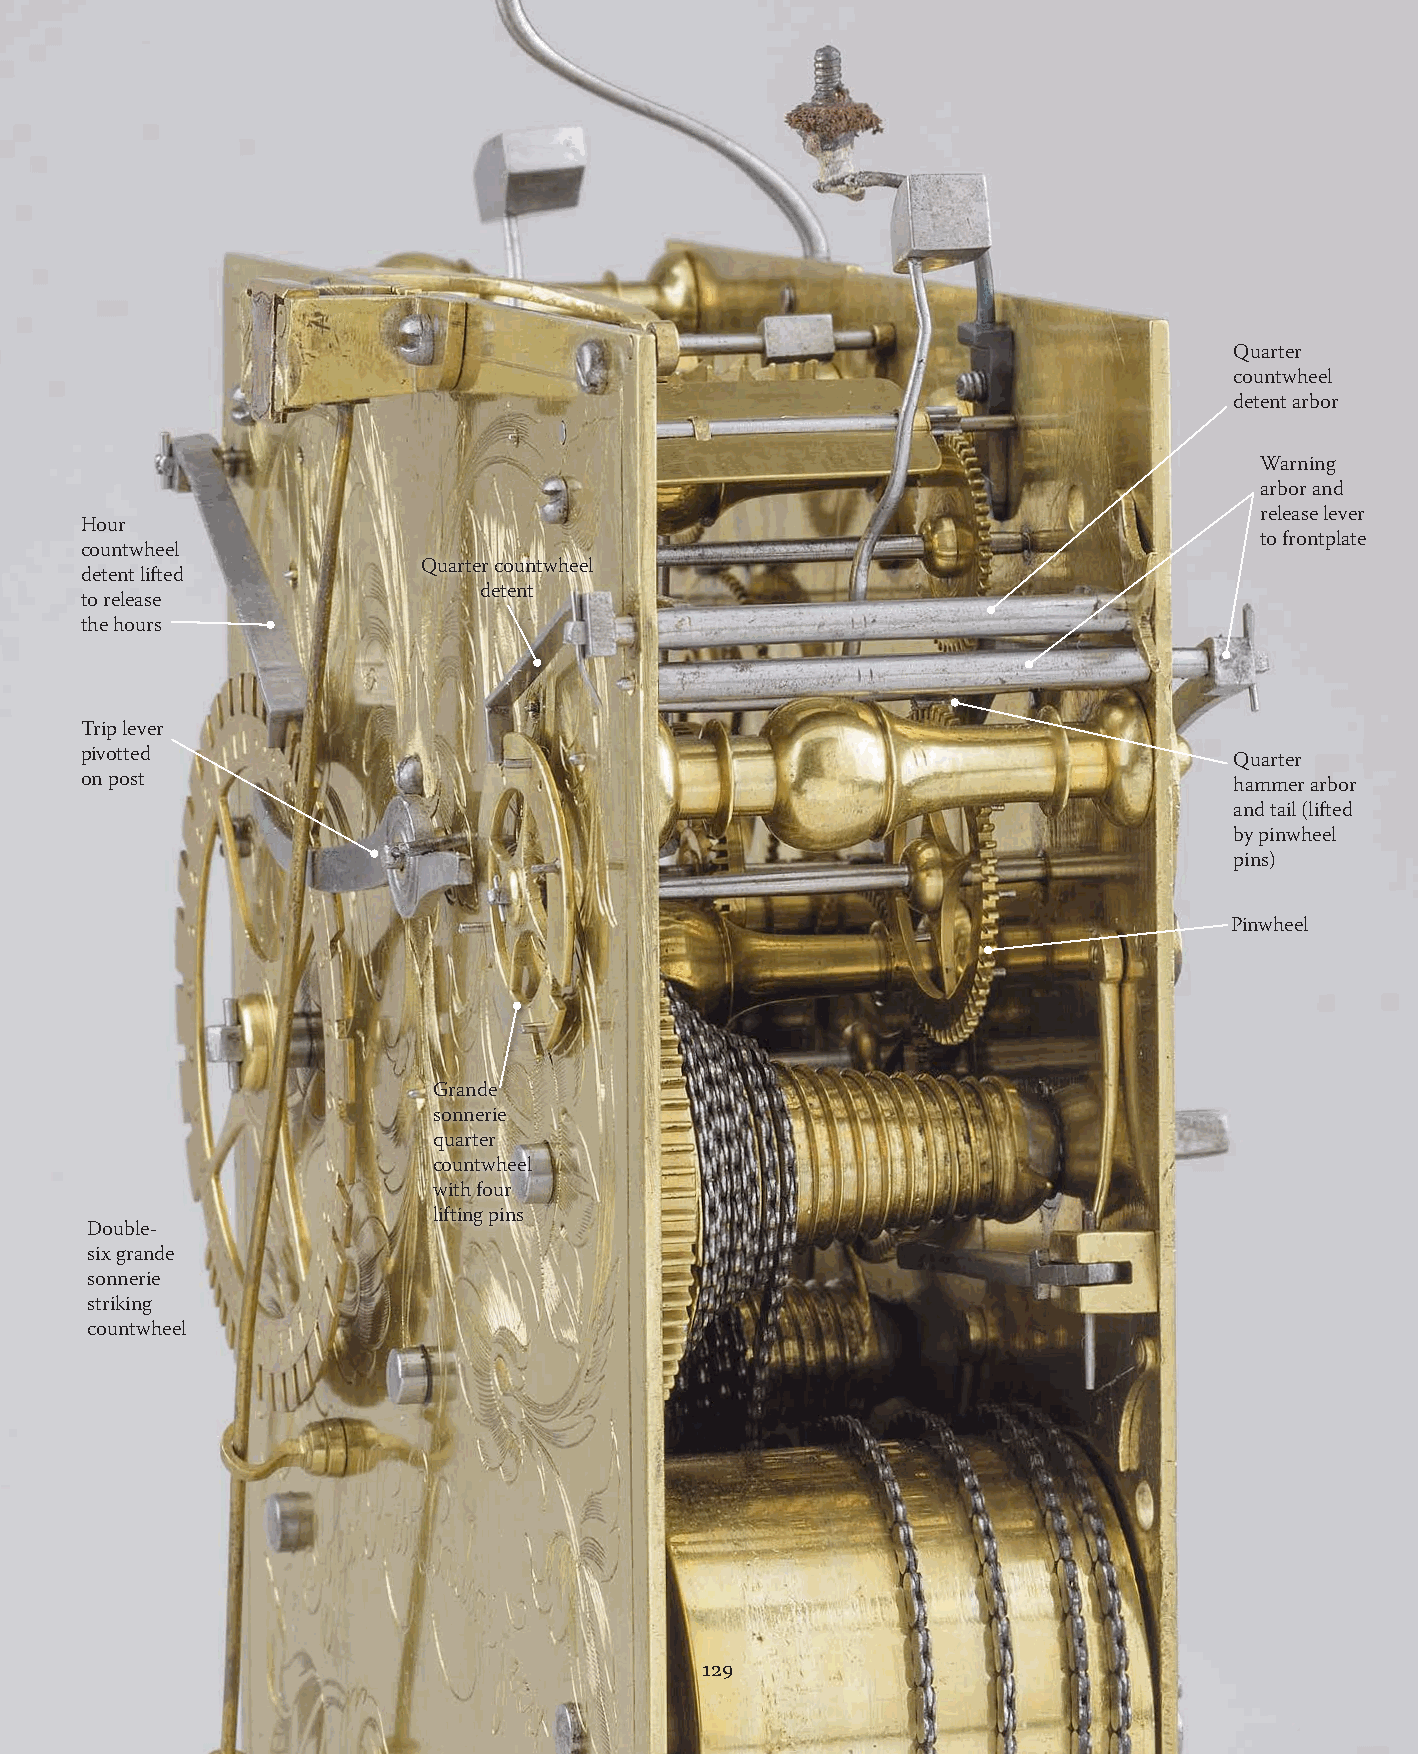
Quarter
 countwheel
 detent arbor
 Warning
 arbor and
 release lever
 Hour
 to frontplate
 countwheel
 Quarter countwheel
 detent lifted
 detent
 to release
 the hours
 Trip lever
 pivotted                                                                     Quarter
 on post                                                                      hammer arbor
 and tail (lifted
 by pinwheel
 pins)
 Pinwheel
 Grande
 sonnerie
 quarter
 countwheel
 with four
 lifting pins
 Double-
 six grande
 sonnerie
 striking
 countwheel
 129